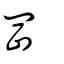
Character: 堽